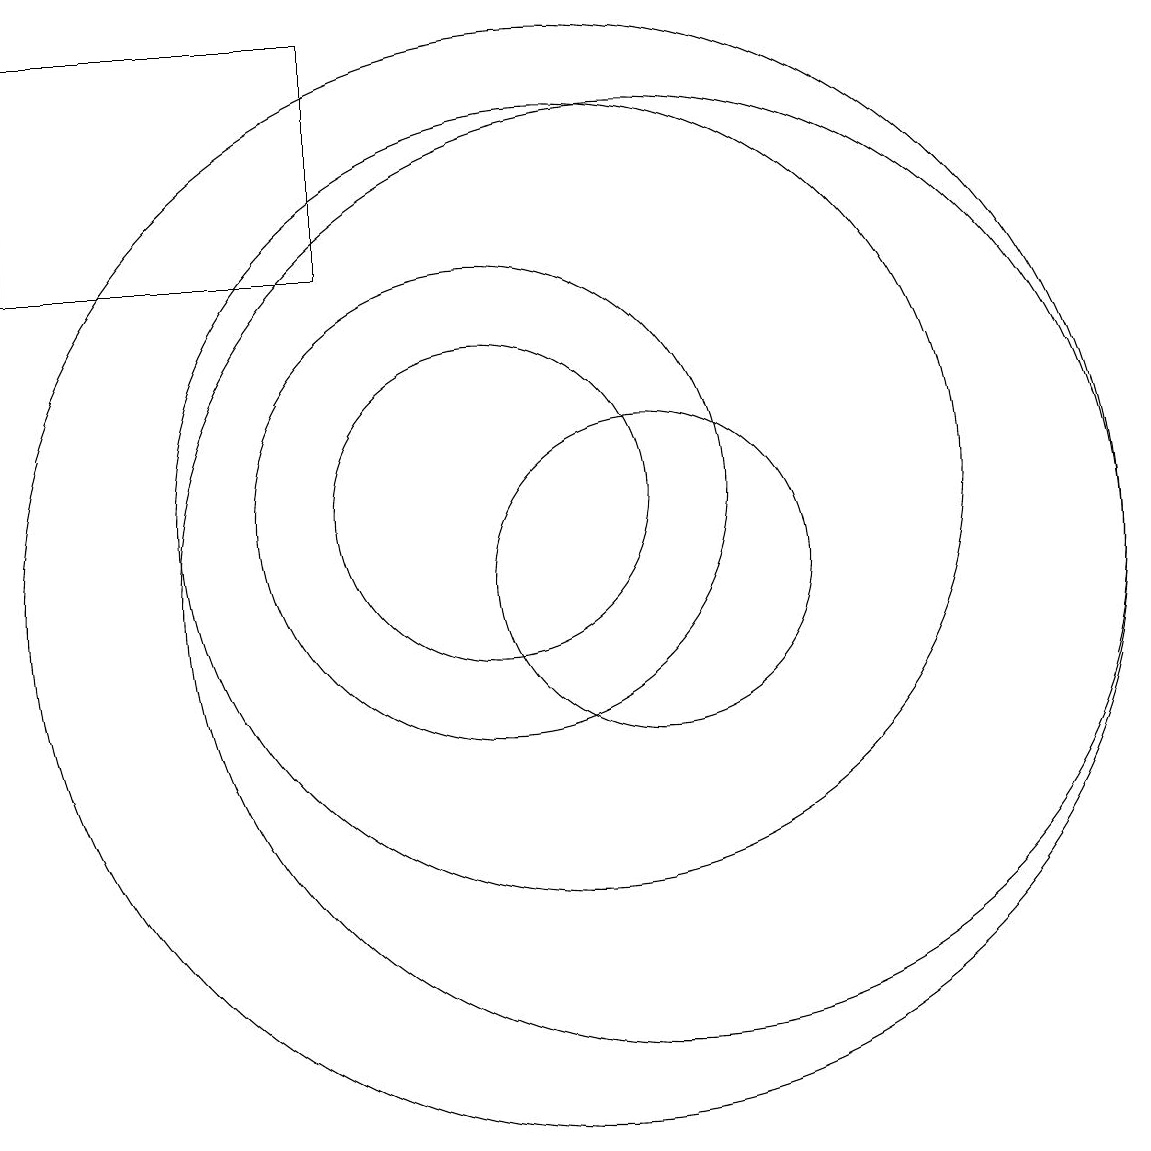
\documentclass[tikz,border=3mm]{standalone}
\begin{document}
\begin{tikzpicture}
\draw (10,11) circle (2);
\draw (12,10) circle (2);
\draw (12,10) circle (6);
\draw (10,11) circle (3);
\draw (11,11) circle (5);
\draw (8,17) rectangle (4,14);
\draw (11,10) circle (7);
\draw (10,12) circle (0);
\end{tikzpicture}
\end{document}